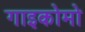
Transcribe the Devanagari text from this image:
गाइकोमो